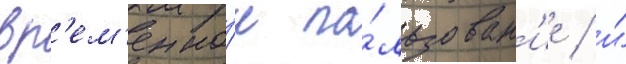
вр'ем'енно́е по́льзован'ие / и́